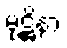
မုဋ္ဌိနာ